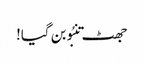
جھٹ تنبُو بن گیا!